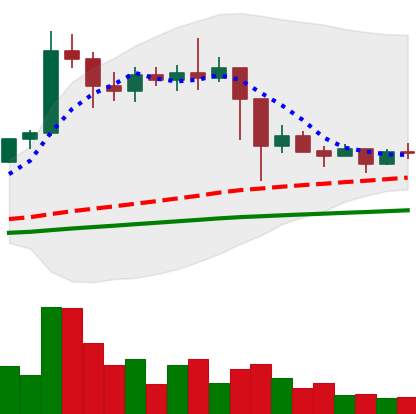
Ticker: ETC-USD
Chart end date: 2021-03-02
Forward return: 5.711%
Label: up_5_7